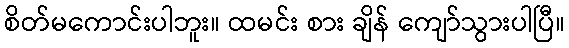
စိတ်မကောင်းပါဘူး။ ထမင်း စား ချိန် ကျော်သွားပါပြီ။